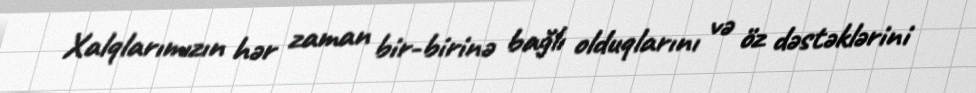
Xalqlarımızın hər zaman bir-birinə bağlı olduqlarını və öz dəstəklərini